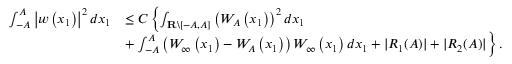
\begin{array} { r l } { \int _ { - A } ^ { A } \left| w \left( x _ { 1 } \right) \right| ^ { 2 } d x _ { 1 } } & { \leq C \left\{ \int _ { \mathbf { R } \backslash [ - A , A ] } \left( W _ { A } \left( x _ { 1 } \right) \right) ^ { 2 } d x _ { 1 } \right. } \\ & { + \left. \int _ { - A } ^ { A } \left( W _ { \infty } \left( x _ { 1 } \right) - W _ { A } \left( x _ { 1 } \right) \right) W _ { \infty } \left( x _ { 1 } \right) d x _ { 1 } + | R _ { 1 } ( A ) | + | R _ { 2 } ( A ) | \right\} . } \end{array}